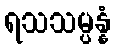
ရသသမ္ပန္နံ